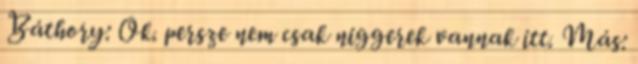
Báthory: Ok. persze nem csak niggerek vannak itt. Más: